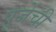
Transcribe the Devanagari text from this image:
पूजेंची